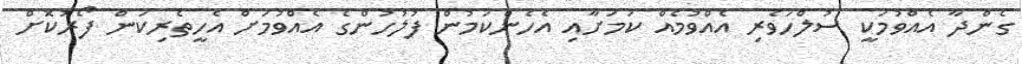
ގެންދާ އެއްވުމަކީ ސުލްހަވެރި އެއްވުމެއް ކަމަށާއި އެހެންކަމުން ފުލުހުންގެ އެއްވުމަށް އެހީތެރިކަން ފޯރުކޮށް